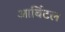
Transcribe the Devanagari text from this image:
आर्बिटल